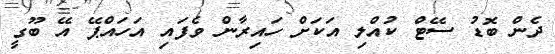
ދެން ބޮޑު ސޭޓް ކުއްލި އަކަށް ހައިރާން ވެފައި އަހައްޕޭ އޭ ބޫގީ